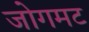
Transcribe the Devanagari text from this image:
जोगमट